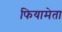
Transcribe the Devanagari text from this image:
फियामेता